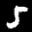
Label: 5